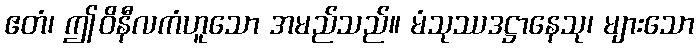
ဧတံ၊ ဤဝိနီလကံဟူသော အမည်သည်။ မံသုဿဒဋ္ဌာနေသု၊ များသော